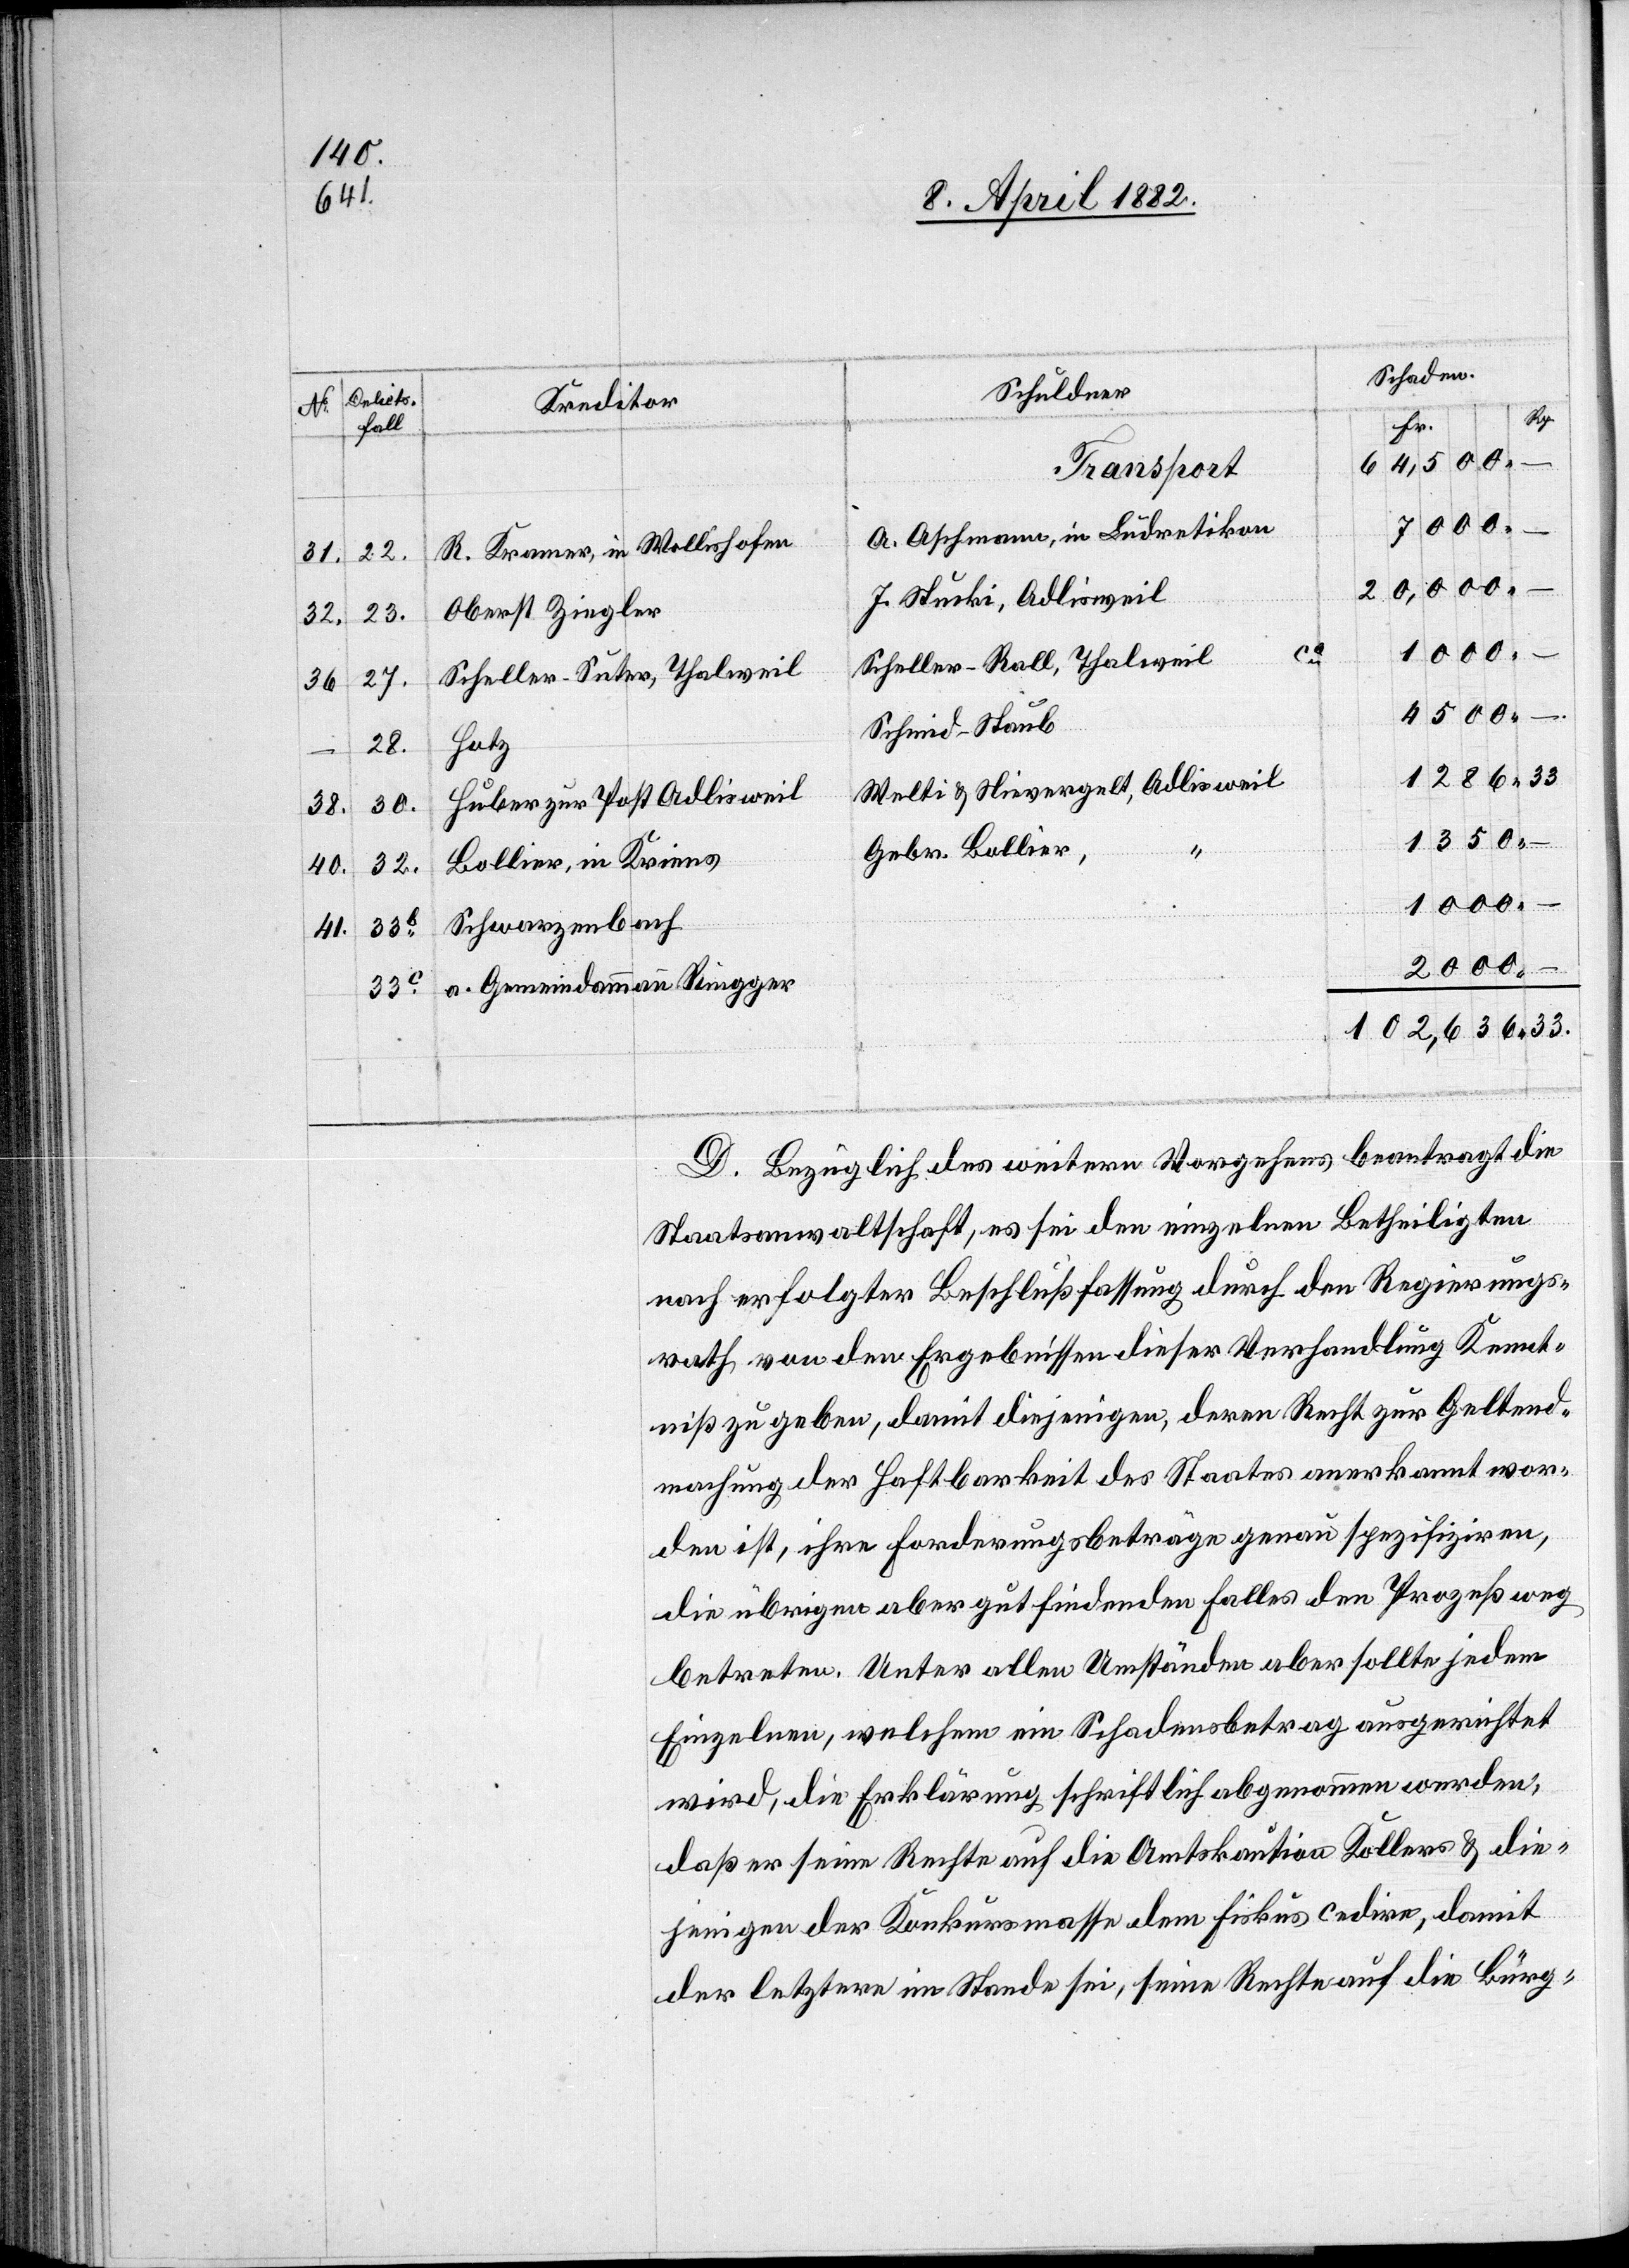
31.
22
33.

7000
A. Aschmann, in Ludretikon
R. Kramer, in Wollishofen
2000
–
41.
32
J. Stucki, Adlisweil
Oberst Ziegler
Scheller-Rall, Thalweil
Scheller-Suter, Thalweil
Schmid-Staub
…
33c
1286
Welti & Nievergelt, Adlisweil
Huber zur Post Adlisweil
Gebr. Bollier,
Bollier, in Kriens
Schwarzenbach
20,000
a. Gemeindammann Ringger
D. Bezüglich des weitern Vorgehens beantragt die
Staatsanwaltschaft, es sei den einzelnen Betheiligten
nach erfolgter Beschlußfassung durch den Regierungs¬
rath von den Ergebnissen dieser Verhandlung Kennt¬
niß zu geben, damit diejenigen, deren Recht zur Geltend¬
machung der Haftbarkeit des Staates anerkannt wor¬
den ist, ihre Forderungsbeträge genau spezifiziren,
die übrigen aber gutfindenden Falles den Prozeßweg
betreten. Unter allen Umständen aber sollte jedem
Einzelnen, welchem ein Schadensbetrag ausgerichtet
wird, die Erklärung schriftlich abgenommen werden,
daß er seine Rechte auf die Amtskaution Kollers & die¬
jenigen der Konkursmasse dem Fiskus cedire, damit
der letztere im Stande sei, seine Rechte auf die Bürg-